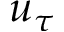
u _ { \tau }